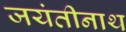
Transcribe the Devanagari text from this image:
जयंतीनाथ